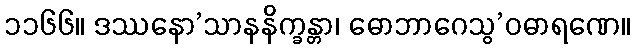
၁၁၆၆။ ဒဿနော’သာနနိက္ခန္တာ၊ ဓောဘာဂေသွ’ဝဓာရဏေ။